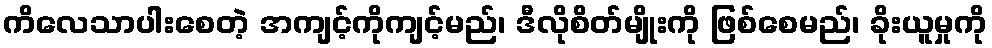
ကိလေသာပါးစေတဲ့ အကျင့်ကိုကျင့်မည်၊ ဒီလိုစိတ်မျိုးကို ဖြစ်စေမည်၊ ခိုးယူမှုကို